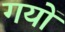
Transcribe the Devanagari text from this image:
गयों